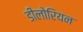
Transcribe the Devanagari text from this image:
डीलोरियन